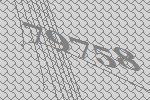
79758